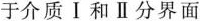
于介质Ⅰ和Ⅱ分界面